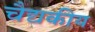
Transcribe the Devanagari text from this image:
चैद्यकीय